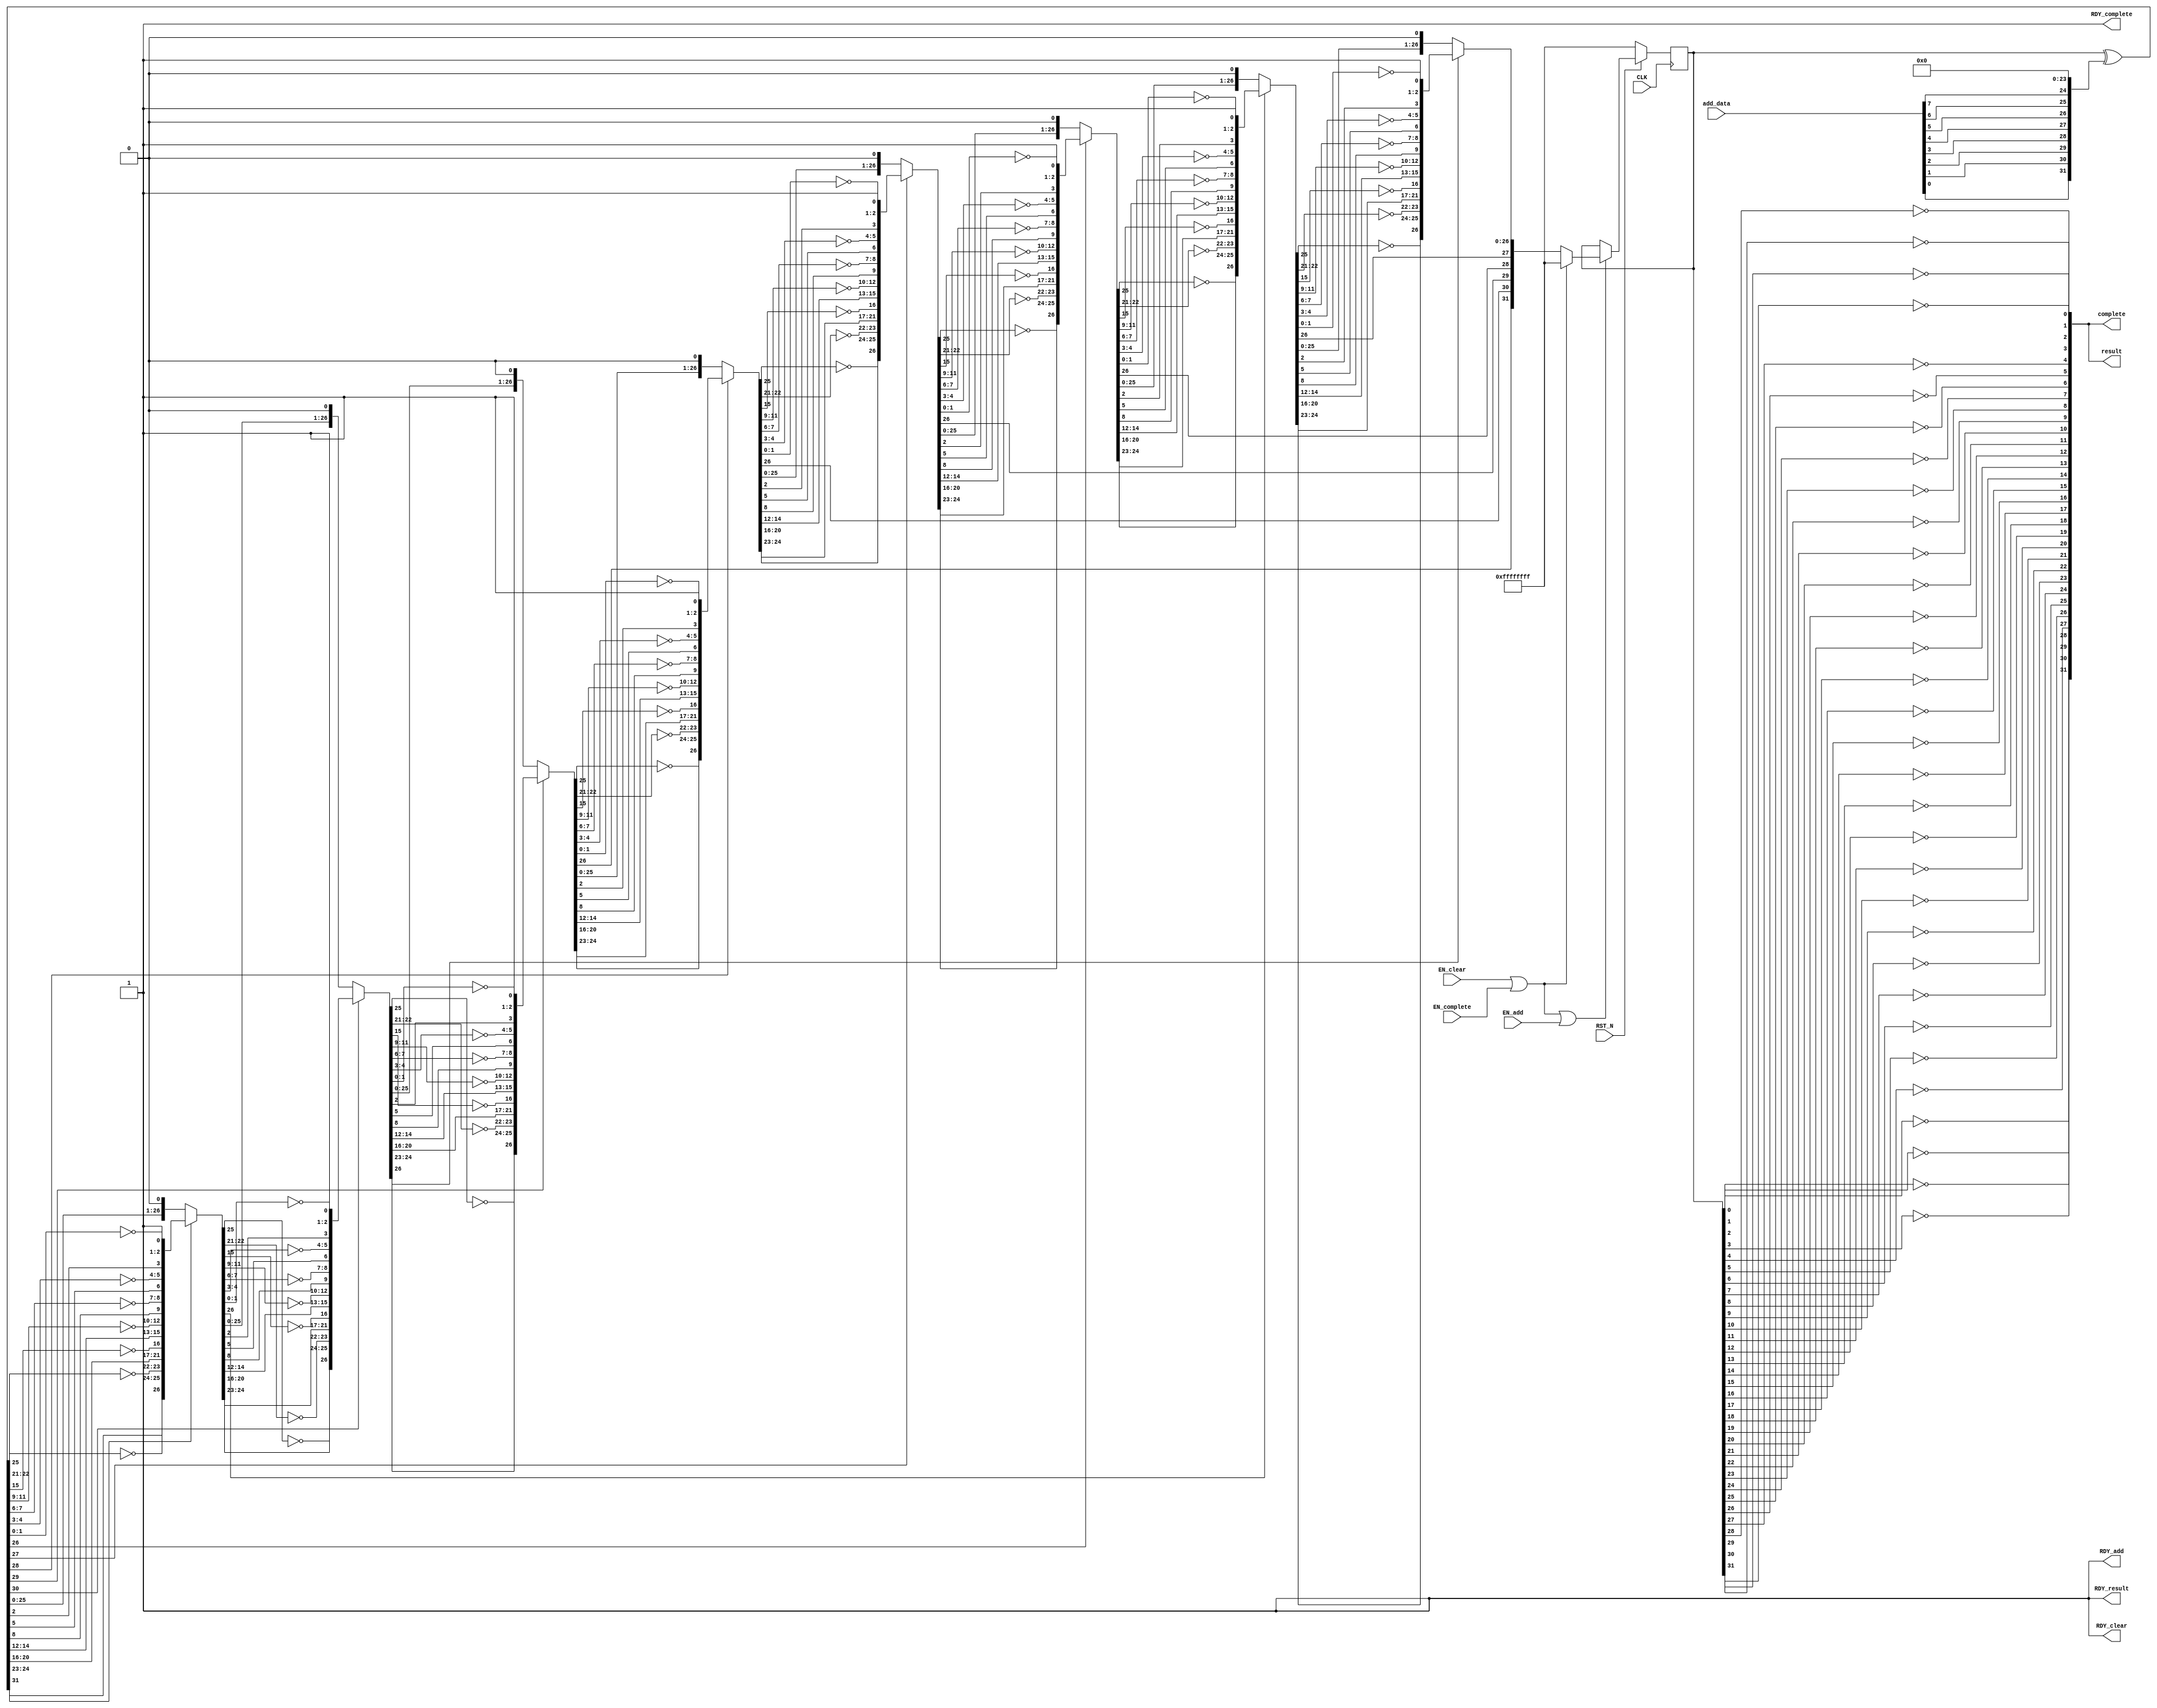
//
// Generated by Bluespec Compiler, version 2012.09.beta1 (build 29570, 2012-09.11)
//
// On Thu Sep 13 03:05:01 UTC 2012
//
// Method conflict info:
// Method: add
// Conflict-free: clear, result, complete
// Conflicts: add
//
// Method: clear
// Conflict-free: add, result, complete
// Conflicts: clear
//
// Method: result
// Conflict-free: add, clear, result, complete
//
// Method: complete
// Conflict-free: add, clear, result
// Conflicts: complete
//
//
// Ports:
// Name                         I/O  size props
// RDY_add                        O     1 const
// RDY_clear                      O     1 const
// result                         O    32
// RDY_result                     O     1 const
// complete                       O    32
// RDY_complete                   O     1 const
// CLK                            I     1 clock
// RST_N                          I     1 reset
// add_data                       I     8
// EN_add                         I     1
// EN_clear                       I     1
// EN_complete                    I     1
//
// No combinational paths from inputs to outputs
//
//

`ifdef BSV_ASSIGNMENT_DELAY
`else
  `define BSV_ASSIGNMENT_DELAY
`endif

`ifdef BSV_POSITIVE_RESET
  `define BSV_RESET_VALUE 1'b1
  `define BSV_RESET_EDGE posedge
`else
  `define BSV_RESET_VALUE 1'b0
  `define BSV_RESET_EDGE negedge
`endif

module mkCRC32(CLK,
	       RST_N,

	       add_data,
	       EN_add,
	       RDY_add,

	       EN_clear,
	       RDY_clear,

	       result,
	       RDY_result,

	       EN_complete,
	       complete,
	       RDY_complete);
  input  CLK;
  input  RST_N;

  // action method add
  input  [7 : 0] add_data;
  input  EN_add;
  output RDY_add;

  // action method clear
  input  EN_clear;
  output RDY_clear;

  // value method result
  output [31 : 0] result;
  output RDY_result;

  // actionvalue method complete
  input  EN_complete;
  output [31 : 0] complete;
  output RDY_complete;

  // signals for module outputs
  wire [31 : 0] complete, result;
  wire RDY_add, RDY_clear, RDY_complete, RDY_result;

  // register rRemainder
  reg [31 : 0] rRemainder;
  wire [31 : 0] rRemainder$D_IN;
  wire rRemainder$EN;

  // remaining internal signals
  wire [31 : 0] IF_IF_IF_IF_IF_IF_IF_rRemainder_XOR_rwAddIn_wg_ETC___d368,
		IF_IF_IF_IF_IF_IF_rRemainder_XOR_rwAddIn_wget__ETC___d367,
		IF_IF_IF_IF_IF_rRemainder_XOR_rwAddIn_wget_BIT_ETC___d366,
		IF_IF_IF_IF_rRemainder_XOR_rwAddIn_wget_BIT_0__ETC___d365,
		IF_IF_IF_rRemainder_XOR_rwAddIn_wget_BIT_0_CON_ETC___d364,
		IF_IF_rRemainder_XOR_rwAddIn_wget_BIT_0_CONCAT_ETC___d363,
		IF_rRemainder_XOR_rwAddIn_wget_BIT_0_CONCAT_rw_ETC___d362,
		rRemainder_XOR_rwAddIn_wget_BIT_0_CONCAT_rwAdd_ETC___d361,
		remainder__h3146,
		remainder__h3173,
		remainder__h3187,
		remainder__h3214,
		remainder__h3228,
		remainder__h3255,
		remainder__h3269,
		remainder__h3296,
		remainder__h3310,
		remainder__h3337,
		remainder__h3351,
		remainder__h3378,
		remainder__h3392,
		remainder__h3419,
		remainder__h3433,
		remainder__h3460,
		x__h251,
		y__h2373;
  wire [7 : 0] x__h2379;

  // action method add
  assign RDY_add = 1'd1 ;

  // action method clear
  assign RDY_clear = 1'd1 ;

  // value method result
  assign result =
	     { ~rRemainder[0],
	       ~rRemainder[1],
	       ~rRemainder[2],
	       ~rRemainder[3],
	       ~rRemainder[4],
	       ~rRemainder[5],
	       ~rRemainder[6],
	       ~rRemainder[7],
	       ~rRemainder[8],
	       ~rRemainder[9],
	       ~rRemainder[10],
	       ~rRemainder[11],
	       ~rRemainder[12],
	       ~rRemainder[13],
	       ~rRemainder[14],
	       ~rRemainder[15],
	       ~rRemainder[16],
	       ~rRemainder[17],
	       ~rRemainder[18],
	       ~rRemainder[19],
	       ~rRemainder[20],
	       ~rRemainder[21],
	       ~rRemainder[22],
	       ~rRemainder[23],
	       ~rRemainder[24],
	       ~rRemainder[25],
	       ~rRemainder[26],
	       ~rRemainder[27],
	       ~rRemainder[28],
	       ~rRemainder[29],
	       ~rRemainder[30],
	       ~rRemainder[31] } ;
  assign RDY_result = 1'd1 ;

  // actionvalue method complete
  assign complete =
	     { ~rRemainder[0],
	       ~rRemainder[1],
	       ~rRemainder[2],
	       ~rRemainder[3],
	       ~rRemainder[4],
	       ~rRemainder[5],
	       ~rRemainder[6],
	       ~rRemainder[7],
	       ~rRemainder[8],
	       ~rRemainder[9],
	       ~rRemainder[10],
	       ~rRemainder[11],
	       ~rRemainder[12],
	       ~rRemainder[13],
	       ~rRemainder[14],
	       ~rRemainder[15],
	       ~rRemainder[16],
	       ~rRemainder[17],
	       ~rRemainder[18],
	       ~rRemainder[19],
	       ~rRemainder[20],
	       ~rRemainder[21],
	       ~rRemainder[22],
	       ~rRemainder[23],
	       ~rRemainder[24],
	       ~rRemainder[25],
	       ~rRemainder[26],
	       ~rRemainder[27],
	       ~rRemainder[28],
	       ~rRemainder[29],
	       ~rRemainder[30],
	       ~rRemainder[31] } ;
  assign RDY_complete = 1'd1 ;

  // register rRemainder
  assign rRemainder$D_IN =
	     (EN_clear || EN_complete) ? 32'hFFFFFFFF : x__h251 ;
  assign rRemainder$EN = EN_clear || EN_complete || EN_add ;

  // remaining internal signals
  assign IF_IF_IF_IF_IF_IF_IF_rRemainder_XOR_rwAddIn_wg_ETC___d368 =
	     IF_IF_IF_IF_IF_IF_rRemainder_XOR_rwAddIn_wget__ETC___d367[31] ?
	       remainder__h3392 :
	       remainder__h3419 ;
  assign IF_IF_IF_IF_IF_IF_rRemainder_XOR_rwAddIn_wget__ETC___d367 =
	     IF_IF_IF_IF_IF_rRemainder_XOR_rwAddIn_wget_BIT_ETC___d366[31] ?
	       remainder__h3351 :
	       remainder__h3378 ;
  assign IF_IF_IF_IF_IF_rRemainder_XOR_rwAddIn_wget_BIT_ETC___d366 =
	     IF_IF_IF_IF_rRemainder_XOR_rwAddIn_wget_BIT_0__ETC___d365[31] ?
	       remainder__h3310 :
	       remainder__h3337 ;
  assign IF_IF_IF_IF_rRemainder_XOR_rwAddIn_wget_BIT_0__ETC___d365 =
	     IF_IF_IF_rRemainder_XOR_rwAddIn_wget_BIT_0_CON_ETC___d364[31] ?
	       remainder__h3269 :
	       remainder__h3296 ;
  assign IF_IF_IF_rRemainder_XOR_rwAddIn_wget_BIT_0_CON_ETC___d364 =
	     IF_IF_rRemainder_XOR_rwAddIn_wget_BIT_0_CONCAT_ETC___d363[31] ?
	       remainder__h3228 :
	       remainder__h3255 ;
  assign IF_IF_rRemainder_XOR_rwAddIn_wget_BIT_0_CONCAT_ETC___d363 =
	     IF_rRemainder_XOR_rwAddIn_wget_BIT_0_CONCAT_rw_ETC___d362[31] ?
	       remainder__h3187 :
	       remainder__h3214 ;
  assign IF_rRemainder_XOR_rwAddIn_wget_BIT_0_CONCAT_rw_ETC___d362 =
	     rRemainder_XOR_rwAddIn_wget_BIT_0_CONCAT_rwAdd_ETC___d361[31] ?
	       remainder__h3146 :
	       remainder__h3173 ;
  assign rRemainder_XOR_rwAddIn_wget_BIT_0_CONCAT_rwAdd_ETC___d361 =
	     rRemainder ^ y__h2373 ;
  assign remainder__h3146 =
	     { rRemainder_XOR_rwAddIn_wget_BIT_0_CONCAT_rwAdd_ETC___d361[30:26],
	       ~rRemainder_XOR_rwAddIn_wget_BIT_0_CONCAT_rwAdd_ETC___d361[25],
	       rRemainder_XOR_rwAddIn_wget_BIT_0_CONCAT_rwAdd_ETC___d361[24:23],
	       ~rRemainder_XOR_rwAddIn_wget_BIT_0_CONCAT_rwAdd_ETC___d361[22:21],
	       rRemainder_XOR_rwAddIn_wget_BIT_0_CONCAT_rwAdd_ETC___d361[20:16],
	       ~rRemainder_XOR_rwAddIn_wget_BIT_0_CONCAT_rwAdd_ETC___d361[15],
	       rRemainder_XOR_rwAddIn_wget_BIT_0_CONCAT_rwAdd_ETC___d361[14:12],
	       ~rRemainder_XOR_rwAddIn_wget_BIT_0_CONCAT_rwAdd_ETC___d361[11:9],
	       rRemainder_XOR_rwAddIn_wget_BIT_0_CONCAT_rwAdd_ETC___d361[8],
	       ~rRemainder_XOR_rwAddIn_wget_BIT_0_CONCAT_rwAdd_ETC___d361[7:6],
	       rRemainder_XOR_rwAddIn_wget_BIT_0_CONCAT_rwAdd_ETC___d361[5],
	       ~rRemainder_XOR_rwAddIn_wget_BIT_0_CONCAT_rwAdd_ETC___d361[4:3],
	       rRemainder_XOR_rwAddIn_wget_BIT_0_CONCAT_rwAdd_ETC___d361[2],
	       ~rRemainder_XOR_rwAddIn_wget_BIT_0_CONCAT_rwAdd_ETC___d361[1:0],
	       1'd1 } ;
  assign remainder__h3173 =
	     { rRemainder_XOR_rwAddIn_wget_BIT_0_CONCAT_rwAdd_ETC___d361[30:0],
	       1'd0 } ;
  assign remainder__h3187 =
	     { IF_rRemainder_XOR_rwAddIn_wget_BIT_0_CONCAT_rw_ETC___d362[30:26],
	       ~IF_rRemainder_XOR_rwAddIn_wget_BIT_0_CONCAT_rw_ETC___d362[25],
	       IF_rRemainder_XOR_rwAddIn_wget_BIT_0_CONCAT_rw_ETC___d362[24:23],
	       ~IF_rRemainder_XOR_rwAddIn_wget_BIT_0_CONCAT_rw_ETC___d362[22:21],
	       IF_rRemainder_XOR_rwAddIn_wget_BIT_0_CONCAT_rw_ETC___d362[20:16],
	       ~IF_rRemainder_XOR_rwAddIn_wget_BIT_0_CONCAT_rw_ETC___d362[15],
	       IF_rRemainder_XOR_rwAddIn_wget_BIT_0_CONCAT_rw_ETC___d362[14:12],
	       ~IF_rRemainder_XOR_rwAddIn_wget_BIT_0_CONCAT_rw_ETC___d362[11:9],
	       IF_rRemainder_XOR_rwAddIn_wget_BIT_0_CONCAT_rw_ETC___d362[8],
	       ~IF_rRemainder_XOR_rwAddIn_wget_BIT_0_CONCAT_rw_ETC___d362[7:6],
	       IF_rRemainder_XOR_rwAddIn_wget_BIT_0_CONCAT_rw_ETC___d362[5],
	       ~IF_rRemainder_XOR_rwAddIn_wget_BIT_0_CONCAT_rw_ETC___d362[4:3],
	       IF_rRemainder_XOR_rwAddIn_wget_BIT_0_CONCAT_rw_ETC___d362[2],
	       ~IF_rRemainder_XOR_rwAddIn_wget_BIT_0_CONCAT_rw_ETC___d362[1:0],
	       1'd1 } ;
  assign remainder__h3214 =
	     { IF_rRemainder_XOR_rwAddIn_wget_BIT_0_CONCAT_rw_ETC___d362[30:0],
	       1'd0 } ;
  assign remainder__h3228 =
	     { IF_IF_rRemainder_XOR_rwAddIn_wget_BIT_0_CONCAT_ETC___d363[30:26],
	       ~IF_IF_rRemainder_XOR_rwAddIn_wget_BIT_0_CONCAT_ETC___d363[25],
	       IF_IF_rRemainder_XOR_rwAddIn_wget_BIT_0_CONCAT_ETC___d363[24:23],
	       ~IF_IF_rRemainder_XOR_rwAddIn_wget_BIT_0_CONCAT_ETC___d363[22:21],
	       IF_IF_rRemainder_XOR_rwAddIn_wget_BIT_0_CONCAT_ETC___d363[20:16],
	       ~IF_IF_rRemainder_XOR_rwAddIn_wget_BIT_0_CONCAT_ETC___d363[15],
	       IF_IF_rRemainder_XOR_rwAddIn_wget_BIT_0_CONCAT_ETC___d363[14:12],
	       ~IF_IF_rRemainder_XOR_rwAddIn_wget_BIT_0_CONCAT_ETC___d363[11:9],
	       IF_IF_rRemainder_XOR_rwAddIn_wget_BIT_0_CONCAT_ETC___d363[8],
	       ~IF_IF_rRemainder_XOR_rwAddIn_wget_BIT_0_CONCAT_ETC___d363[7:6],
	       IF_IF_rRemainder_XOR_rwAddIn_wget_BIT_0_CONCAT_ETC___d363[5],
	       ~IF_IF_rRemainder_XOR_rwAddIn_wget_BIT_0_CONCAT_ETC___d363[4:3],
	       IF_IF_rRemainder_XOR_rwAddIn_wget_BIT_0_CONCAT_ETC___d363[2],
	       ~IF_IF_rRemainder_XOR_rwAddIn_wget_BIT_0_CONCAT_ETC___d363[1:0],
	       1'd1 } ;
  assign remainder__h3255 =
	     { IF_IF_rRemainder_XOR_rwAddIn_wget_BIT_0_CONCAT_ETC___d363[30:0],
	       1'd0 } ;
  assign remainder__h3269 =
	     { IF_IF_IF_rRemainder_XOR_rwAddIn_wget_BIT_0_CON_ETC___d364[30:26],
	       ~IF_IF_IF_rRemainder_XOR_rwAddIn_wget_BIT_0_CON_ETC___d364[25],
	       IF_IF_IF_rRemainder_XOR_rwAddIn_wget_BIT_0_CON_ETC___d364[24:23],
	       ~IF_IF_IF_rRemainder_XOR_rwAddIn_wget_BIT_0_CON_ETC___d364[22:21],
	       IF_IF_IF_rRemainder_XOR_rwAddIn_wget_BIT_0_CON_ETC___d364[20:16],
	       ~IF_IF_IF_rRemainder_XOR_rwAddIn_wget_BIT_0_CON_ETC___d364[15],
	       IF_IF_IF_rRemainder_XOR_rwAddIn_wget_BIT_0_CON_ETC___d364[14:12],
	       ~IF_IF_IF_rRemainder_XOR_rwAddIn_wget_BIT_0_CON_ETC___d364[11:9],
	       IF_IF_IF_rRemainder_XOR_rwAddIn_wget_BIT_0_CON_ETC___d364[8],
	       ~IF_IF_IF_rRemainder_XOR_rwAddIn_wget_BIT_0_CON_ETC___d364[7:6],
	       IF_IF_IF_rRemainder_XOR_rwAddIn_wget_BIT_0_CON_ETC___d364[5],
	       ~IF_IF_IF_rRemainder_XOR_rwAddIn_wget_BIT_0_CON_ETC___d364[4:3],
	       IF_IF_IF_rRemainder_XOR_rwAddIn_wget_BIT_0_CON_ETC___d364[2],
	       ~IF_IF_IF_rRemainder_XOR_rwAddIn_wget_BIT_0_CON_ETC___d364[1:0],
	       1'd1 } ;
  assign remainder__h3296 =
	     { IF_IF_IF_rRemainder_XOR_rwAddIn_wget_BIT_0_CON_ETC___d364[30:0],
	       1'd0 } ;
  assign remainder__h3310 =
	     { IF_IF_IF_IF_rRemainder_XOR_rwAddIn_wget_BIT_0__ETC___d365[30:26],
	       ~IF_IF_IF_IF_rRemainder_XOR_rwAddIn_wget_BIT_0__ETC___d365[25],
	       IF_IF_IF_IF_rRemainder_XOR_rwAddIn_wget_BIT_0__ETC___d365[24:23],
	       ~IF_IF_IF_IF_rRemainder_XOR_rwAddIn_wget_BIT_0__ETC___d365[22:21],
	       IF_IF_IF_IF_rRemainder_XOR_rwAddIn_wget_BIT_0__ETC___d365[20:16],
	       ~IF_IF_IF_IF_rRemainder_XOR_rwAddIn_wget_BIT_0__ETC___d365[15],
	       IF_IF_IF_IF_rRemainder_XOR_rwAddIn_wget_BIT_0__ETC___d365[14:12],
	       ~IF_IF_IF_IF_rRemainder_XOR_rwAddIn_wget_BIT_0__ETC___d365[11:9],
	       IF_IF_IF_IF_rRemainder_XOR_rwAddIn_wget_BIT_0__ETC___d365[8],
	       ~IF_IF_IF_IF_rRemainder_XOR_rwAddIn_wget_BIT_0__ETC___d365[7:6],
	       IF_IF_IF_IF_rRemainder_XOR_rwAddIn_wget_BIT_0__ETC___d365[5],
	       ~IF_IF_IF_IF_rRemainder_XOR_rwAddIn_wget_BIT_0__ETC___d365[4:3],
	       IF_IF_IF_IF_rRemainder_XOR_rwAddIn_wget_BIT_0__ETC___d365[2],
	       ~IF_IF_IF_IF_rRemainder_XOR_rwAddIn_wget_BIT_0__ETC___d365[1:0],
	       1'd1 } ;
  assign remainder__h3337 =
	     { IF_IF_IF_IF_rRemainder_XOR_rwAddIn_wget_BIT_0__ETC___d365[30:0],
	       1'd0 } ;
  assign remainder__h3351 =
	     { IF_IF_IF_IF_IF_rRemainder_XOR_rwAddIn_wget_BIT_ETC___d366[30:26],
	       ~IF_IF_IF_IF_IF_rRemainder_XOR_rwAddIn_wget_BIT_ETC___d366[25],
	       IF_IF_IF_IF_IF_rRemainder_XOR_rwAddIn_wget_BIT_ETC___d366[24:23],
	       ~IF_IF_IF_IF_IF_rRemainder_XOR_rwAddIn_wget_BIT_ETC___d366[22:21],
	       IF_IF_IF_IF_IF_rRemainder_XOR_rwAddIn_wget_BIT_ETC___d366[20:16],
	       ~IF_IF_IF_IF_IF_rRemainder_XOR_rwAddIn_wget_BIT_ETC___d366[15],
	       IF_IF_IF_IF_IF_rRemainder_XOR_rwAddIn_wget_BIT_ETC___d366[14:12],
	       ~IF_IF_IF_IF_IF_rRemainder_XOR_rwAddIn_wget_BIT_ETC___d366[11:9],
	       IF_IF_IF_IF_IF_rRemainder_XOR_rwAddIn_wget_BIT_ETC___d366[8],
	       ~IF_IF_IF_IF_IF_rRemainder_XOR_rwAddIn_wget_BIT_ETC___d366[7:6],
	       IF_IF_IF_IF_IF_rRemainder_XOR_rwAddIn_wget_BIT_ETC___d366[5],
	       ~IF_IF_IF_IF_IF_rRemainder_XOR_rwAddIn_wget_BIT_ETC___d366[4:3],
	       IF_IF_IF_IF_IF_rRemainder_XOR_rwAddIn_wget_BIT_ETC___d366[2],
	       ~IF_IF_IF_IF_IF_rRemainder_XOR_rwAddIn_wget_BIT_ETC___d366[1:0],
	       1'd1 } ;
  assign remainder__h3378 =
	     { IF_IF_IF_IF_IF_rRemainder_XOR_rwAddIn_wget_BIT_ETC___d366[30:0],
	       1'd0 } ;
  assign remainder__h3392 =
	     { IF_IF_IF_IF_IF_IF_rRemainder_XOR_rwAddIn_wget__ETC___d367[30:26],
	       ~IF_IF_IF_IF_IF_IF_rRemainder_XOR_rwAddIn_wget__ETC___d367[25],
	       IF_IF_IF_IF_IF_IF_rRemainder_XOR_rwAddIn_wget__ETC___d367[24:23],
	       ~IF_IF_IF_IF_IF_IF_rRemainder_XOR_rwAddIn_wget__ETC___d367[22:21],
	       IF_IF_IF_IF_IF_IF_rRemainder_XOR_rwAddIn_wget__ETC___d367[20:16],
	       ~IF_IF_IF_IF_IF_IF_rRemainder_XOR_rwAddIn_wget__ETC___d367[15],
	       IF_IF_IF_IF_IF_IF_rRemainder_XOR_rwAddIn_wget__ETC___d367[14:12],
	       ~IF_IF_IF_IF_IF_IF_rRemainder_XOR_rwAddIn_wget__ETC___d367[11:9],
	       IF_IF_IF_IF_IF_IF_rRemainder_XOR_rwAddIn_wget__ETC___d367[8],
	       ~IF_IF_IF_IF_IF_IF_rRemainder_XOR_rwAddIn_wget__ETC___d367[7:6],
	       IF_IF_IF_IF_IF_IF_rRemainder_XOR_rwAddIn_wget__ETC___d367[5],
	       ~IF_IF_IF_IF_IF_IF_rRemainder_XOR_rwAddIn_wget__ETC___d367[4:3],
	       IF_IF_IF_IF_IF_IF_rRemainder_XOR_rwAddIn_wget__ETC___d367[2],
	       ~IF_IF_IF_IF_IF_IF_rRemainder_XOR_rwAddIn_wget__ETC___d367[1:0],
	       1'd1 } ;
  assign remainder__h3419 =
	     { IF_IF_IF_IF_IF_IF_rRemainder_XOR_rwAddIn_wget__ETC___d367[30:0],
	       1'd0 } ;
  assign remainder__h3433 =
	     { IF_IF_IF_IF_IF_IF_IF_rRemainder_XOR_rwAddIn_wg_ETC___d368[30:26],
	       ~IF_IF_IF_IF_IF_IF_IF_rRemainder_XOR_rwAddIn_wg_ETC___d368[25],
	       IF_IF_IF_IF_IF_IF_IF_rRemainder_XOR_rwAddIn_wg_ETC___d368[24:23],
	       ~IF_IF_IF_IF_IF_IF_IF_rRemainder_XOR_rwAddIn_wg_ETC___d368[22:21],
	       IF_IF_IF_IF_IF_IF_IF_rRemainder_XOR_rwAddIn_wg_ETC___d368[20:16],
	       ~IF_IF_IF_IF_IF_IF_IF_rRemainder_XOR_rwAddIn_wg_ETC___d368[15],
	       IF_IF_IF_IF_IF_IF_IF_rRemainder_XOR_rwAddIn_wg_ETC___d368[14:12],
	       ~IF_IF_IF_IF_IF_IF_IF_rRemainder_XOR_rwAddIn_wg_ETC___d368[11:9],
	       IF_IF_IF_IF_IF_IF_IF_rRemainder_XOR_rwAddIn_wg_ETC___d368[8],
	       ~IF_IF_IF_IF_IF_IF_IF_rRemainder_XOR_rwAddIn_wg_ETC___d368[7:6],
	       IF_IF_IF_IF_IF_IF_IF_rRemainder_XOR_rwAddIn_wg_ETC___d368[5],
	       ~IF_IF_IF_IF_IF_IF_IF_rRemainder_XOR_rwAddIn_wg_ETC___d368[4:3],
	       IF_IF_IF_IF_IF_IF_IF_rRemainder_XOR_rwAddIn_wg_ETC___d368[2],
	       ~IF_IF_IF_IF_IF_IF_IF_rRemainder_XOR_rwAddIn_wg_ETC___d368[1:0],
	       1'd1 } ;
  assign remainder__h3460 =
	     { IF_IF_IF_IF_IF_IF_IF_rRemainder_XOR_rwAddIn_wg_ETC___d368[30:0],
	       1'd0 } ;
  assign x__h2379 =
	     { add_data[0],
	       add_data[1],
	       add_data[2],
	       add_data[3],
	       add_data[4],
	       add_data[5],
	       add_data[6],
	       add_data[7] } ;
  assign x__h251 =
	     IF_IF_IF_IF_IF_IF_IF_rRemainder_XOR_rwAddIn_wg_ETC___d368[31] ?
	       remainder__h3433 :
	       remainder__h3460 ;
  assign y__h2373 = { x__h2379, 24'd0 } ;

  // handling of inlined registers

  always@(posedge CLK)
  begin
    if (RST_N == `BSV_RESET_VALUE)
      begin
        rRemainder <= `BSV_ASSIGNMENT_DELAY 32'hFFFFFFFF;
      end
    else
      begin
        if (rRemainder$EN)
	  rRemainder <= `BSV_ASSIGNMENT_DELAY rRemainder$D_IN;
      end
  end

  // synopsys translate_off
  `ifdef BSV_NO_INITIAL_BLOCKS
  `else // not BSV_NO_INITIAL_BLOCKS
  initial
  begin
    rRemainder = 32'hAAAAAAAA;
  end
  `endif // BSV_NO_INITIAL_BLOCKS
  // synopsys translate_on
endmodule  // mkCRC32